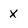
Character: X